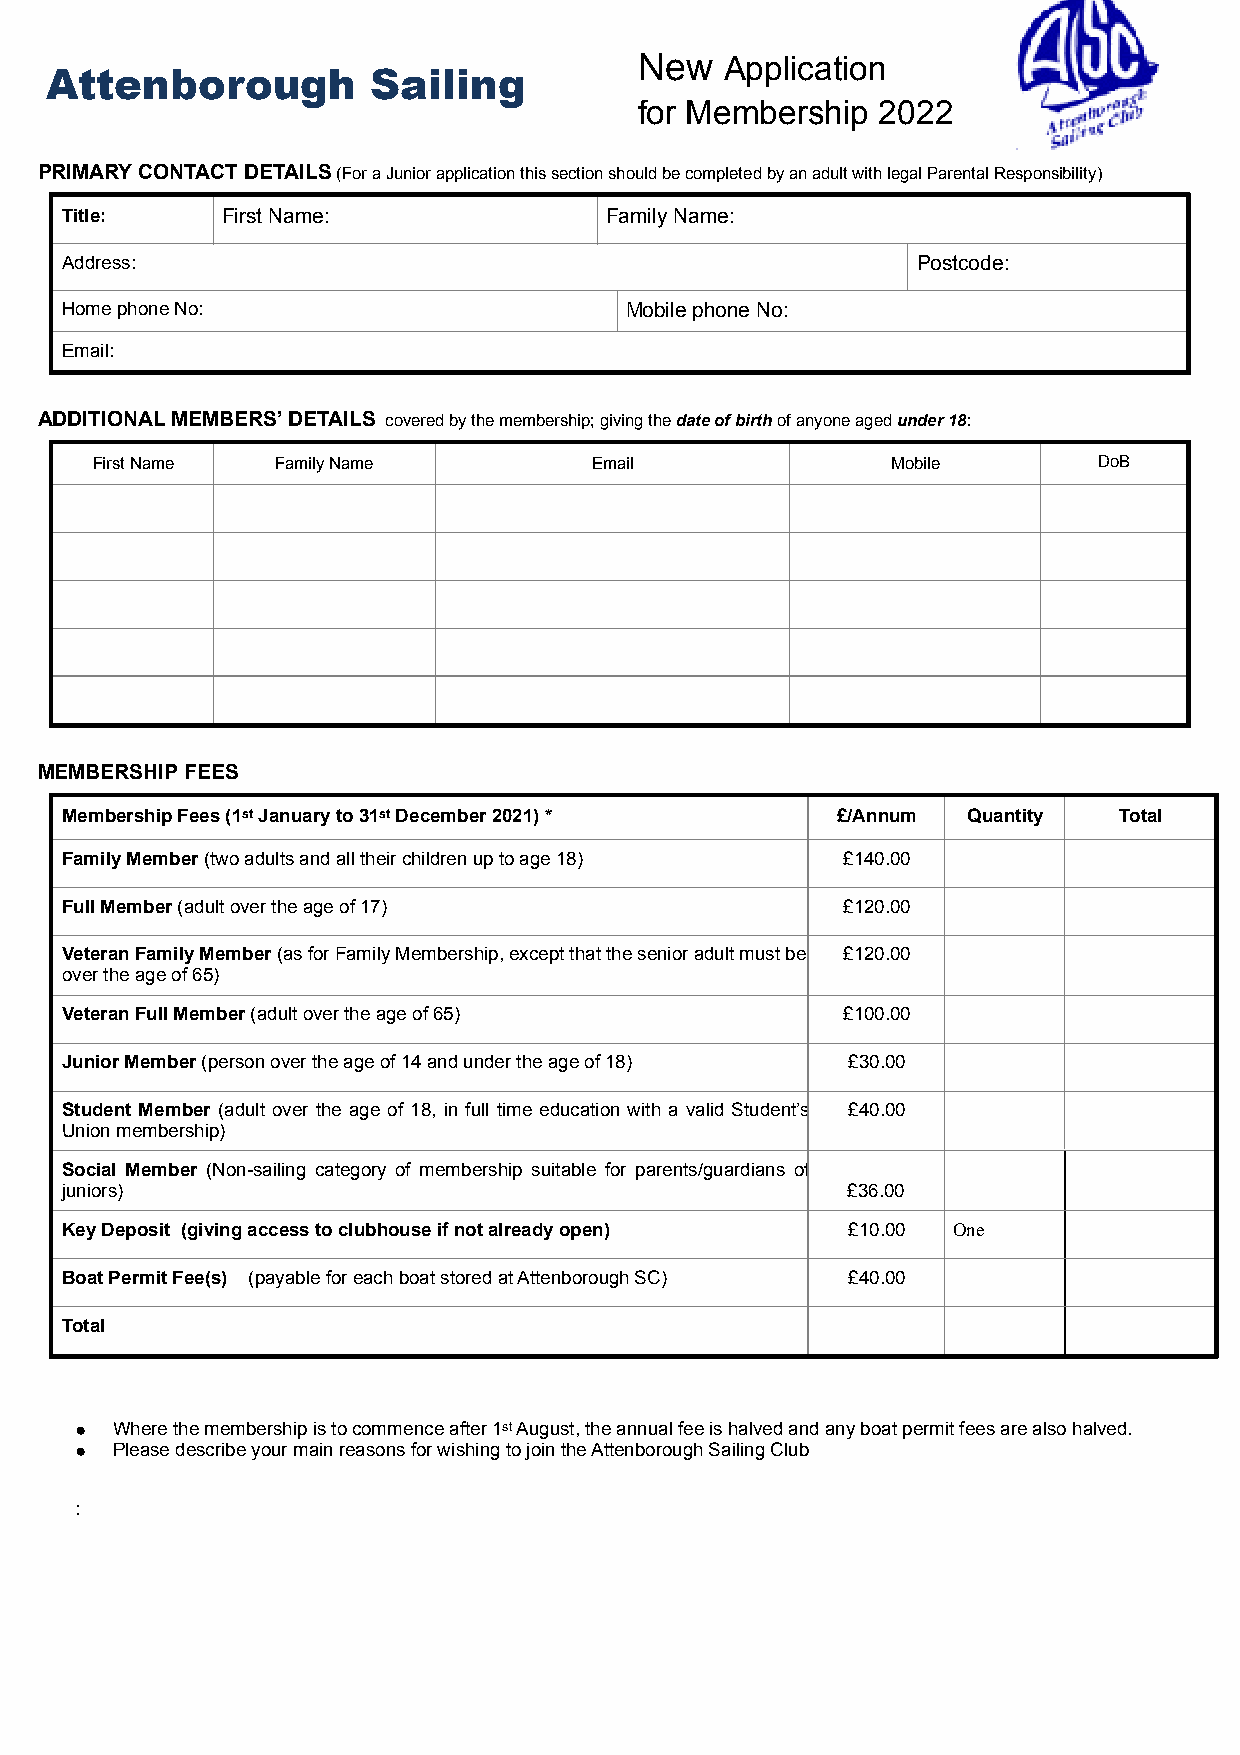
New   Application
 Attenborough          Sailing
 for Membership  2022
 PRIMARY CONTACT DETAILS (For a Junior application this section should be completed by an adult with legal Parental Responsibility)
 Title:     First Name:              Family Name:
 Address:                                                 Postcode:
 Home phone No:                       Mobile phone No:
 Email:
 ADDITIONAL MEMBERS’ DETAILS covered by the membership; giving the date of birth of anyone aged under 18:
 First Name  Family Name          Email               Mobile        DoB
 MEMBERSHIP FEES
 Membership Fees (1st January to 31st December 2021) * £/Annum Quantity Total
 Family Member (two adults and all their children up to age 18) £140.00
 Full Member (adult over the age of 17)              £120.00
 Veteran Family Member (as for Family Membership, except that the senior adult must be £120.00
 over the age of 65)
 Veteran Full Member (adult over the age of 65)      £100.00
 Junior Member (person over the age of 14 and under the age of 18) £30.00
 Student Member (adult over the age of 18, in full time education with a valid Student’s £40.00
 Union membership)
 Social Member (Non-sailing category of membership suitable for parents/guardians of
 juniors)                                            £36.00
 Key Deposit (giving access to clubhouse if not already open) £10.00 One
 Boat Permit Fee(s) (payable for each boat stored at Attenborough SC) £40.00
 Total
 ● Where the membership is to commence after 1st August, the annual fee is halved and any boat permit fees are also halved.
 ● Please describe your main reasons for wishing to join the Attenborough Sailing Club
 :